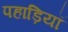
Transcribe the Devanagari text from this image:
पहाड़ियॉ